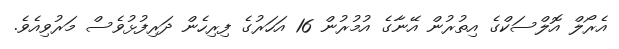
އެރޯލް އޮލްސަކްގެ އިތުރުން އޭނާގެ އުމުރުން 16 އަހަރުގެ ފިރިހެން ދަރިފުޅުވެސް މަރުވިއެވެ.